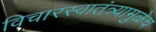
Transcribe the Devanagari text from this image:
विचारस्वातंत्र्यामुळेच